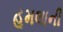
હૂમલાની